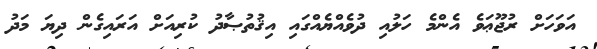
އަވަހަށް ރުޖޫޢަވެ އެންމެ ހަލުއި ދުވެއްޔެއްގައި އިޤުތުޞާދު ކުރިއަށް އަރައިގެން ދިޔަ މަދު